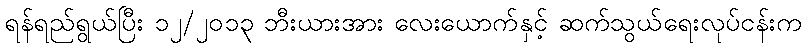
ရန်ရည်ရွယ်ပြီး ၁၂/၂၀၁၃ ဘီးယားအား လေးယောက်နှင့် ဆက်သွယ်ရေးလုပ်ငန်းက